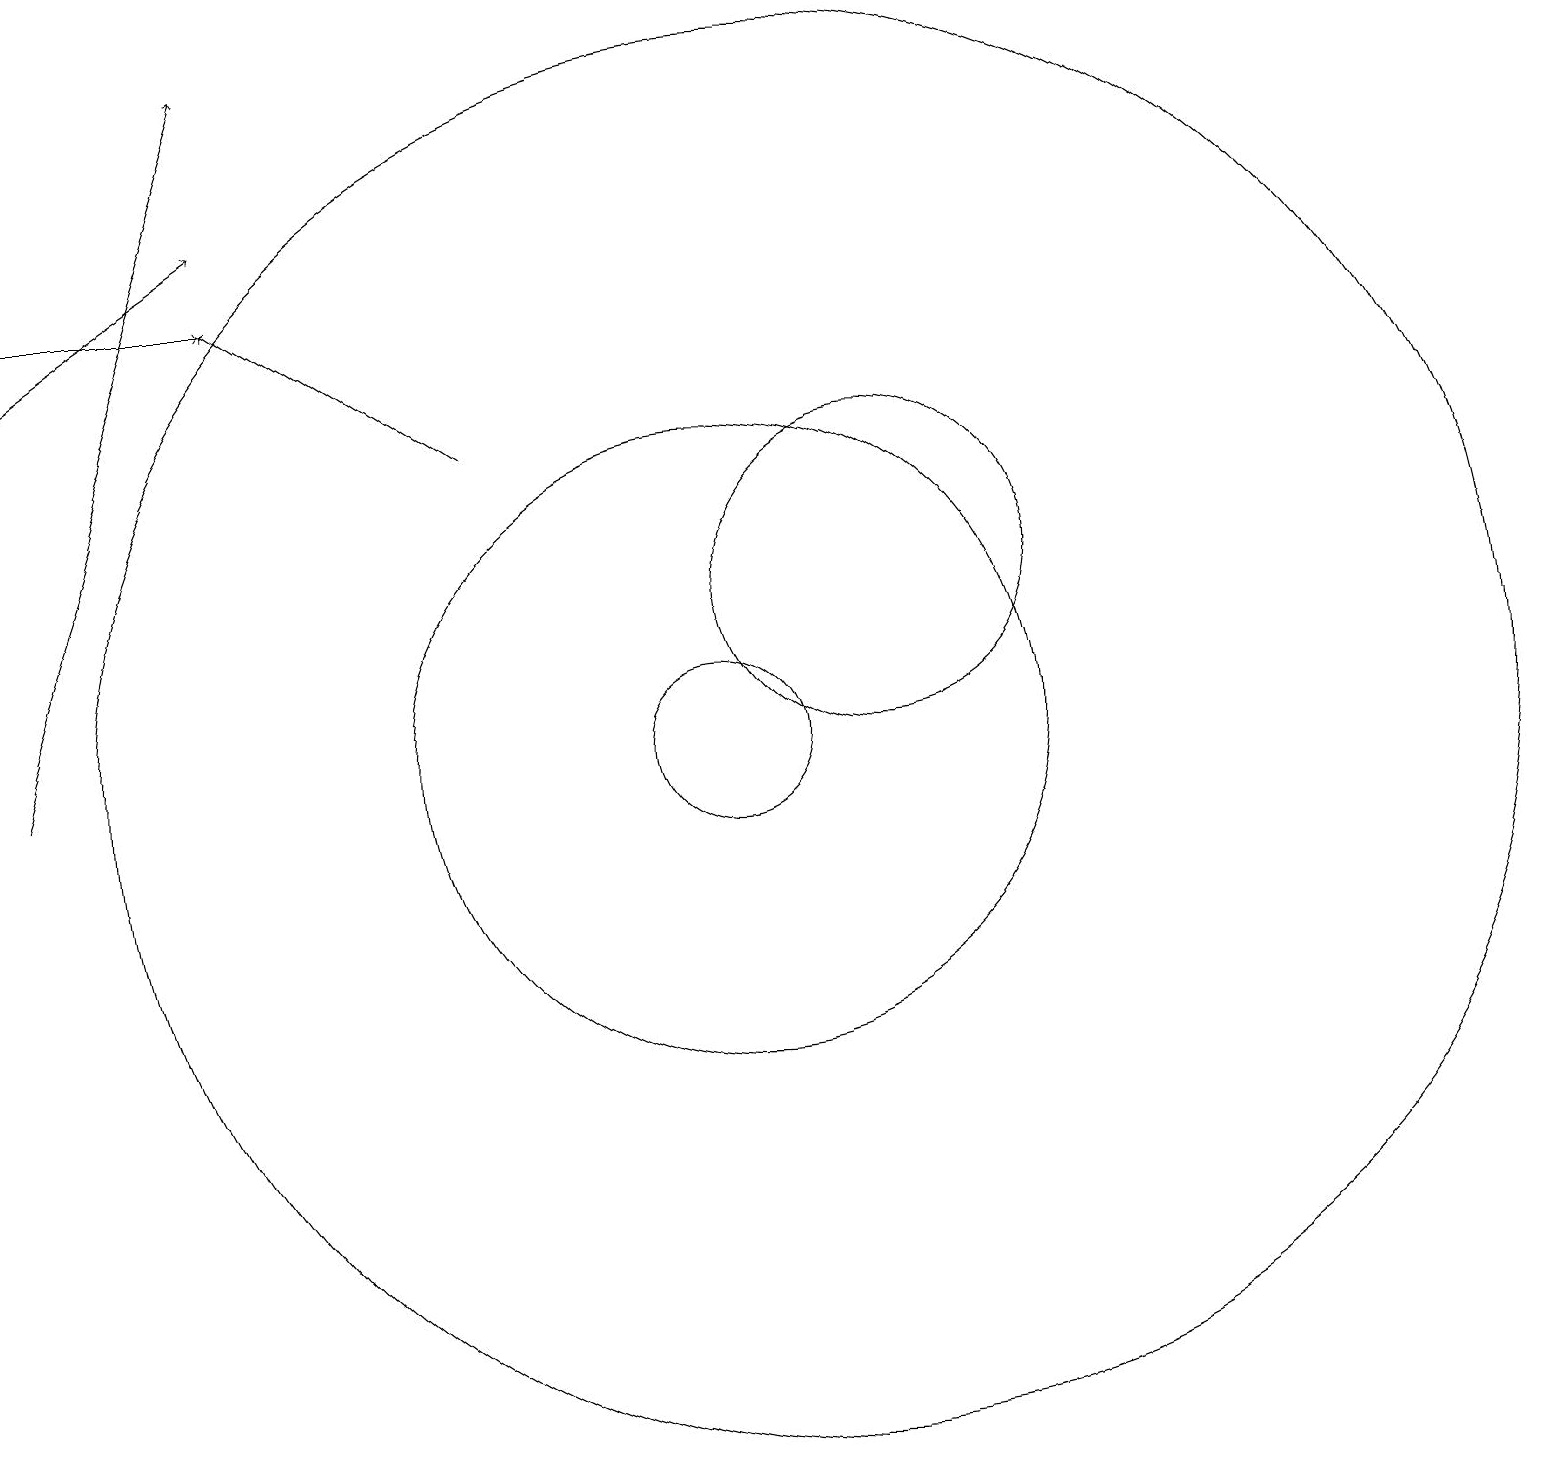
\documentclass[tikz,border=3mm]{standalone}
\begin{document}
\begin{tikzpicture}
\draw[->] (7,14) -- (4,16);
\draw (10,10) circle (1);
\draw (11,10) circle (9);
\draw[->] (1,16) -- (4,16);
\draw[->] (1,10) -- (4,19);
\draw[->] (1,15) -- (4,17);
\draw (10,10) circle (4);
\draw (12,12) circle (2);
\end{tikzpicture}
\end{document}